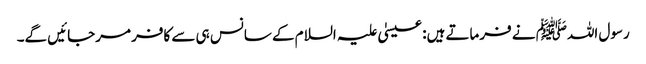
رسول اللہﷺ نے فرماتے ہیں: عیسیٰ علیہ السلام کے سانس ہی سے کافر مرجائیں گے۔